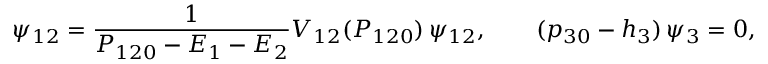
\psi _ { 1 2 } = { \frac { 1 } { P _ { 1 2 0 } - E _ { 1 } - E _ { 2 } } } V _ { 1 2 } ( P _ { 1 2 0 } ) \, \psi _ { 1 2 } , \qquad ( p _ { 3 0 } - h _ { 3 } ) \, \psi _ { 3 } = 0 ,